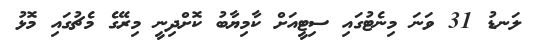
ލަނޑު 31 ވަނަ މިނެޓުގައި ސިޓީއަށް ކާމިޔާބު ކޮށްދިނީ މިރޭގެ މެޗުގައި މޮޅު